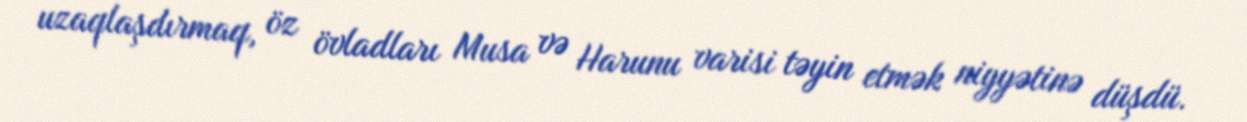
uzaqlaşdırmaq, öz övladları Musa və Harunu varisi təyin etmək niyyətinə düşdü.